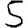
Digit: 5